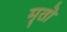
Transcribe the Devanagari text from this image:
मृतो